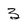
Character: 3